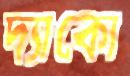
দ্যাকো